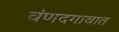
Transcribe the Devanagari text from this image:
वंणदगावात